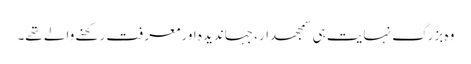
وہ بزرگ نہایت ہی سمجھدار، جہاندیدہ اورمعرفت رکھنے والے تھے۔